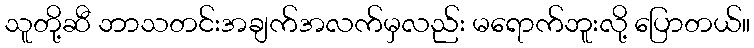
သူတို့ဆီ ဘာသတင်းအချက်အလက်မှလည်း မရောက်ဘူးလို့ ပြောတယ်။